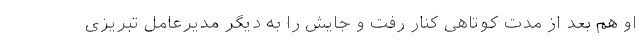
او هم بعد از مدت کوتاهی کنار رفت و جایش را به دیگر مدیرعامل تبریزی